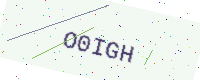
Text: O0IGH